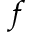
f